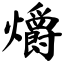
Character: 爝